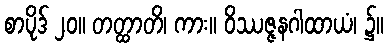
စာပိုဒ် ၂၀။ တတ္ထာတိ၊ ကား။ ဝိဿဇ္ဇနဂါထာယံ၊ ၌။